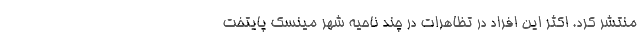
منتشر کرد. اکثر این افراد در تظاهرات در چند ناحیه شهر مینسک پایتخت